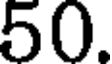
50.